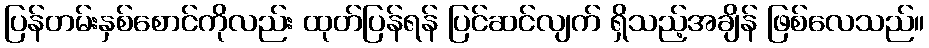
ပြန်တမ်းနှစ်စောင်ကိုလည်း ထုတ်ပြန်ရန် ပြင်ဆင်လျက် ရှိသည့်အချိန် ဖြစ်လေသည်။